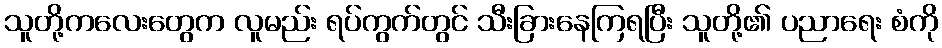
သူတို့ကလေးတွေက လူမည်း ရပ်ကွက်တွင် သီးခြားနေကြရပြီး သူတို့၏ ပညာရေး စံကို